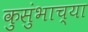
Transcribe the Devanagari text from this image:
कुसुंभाच्या